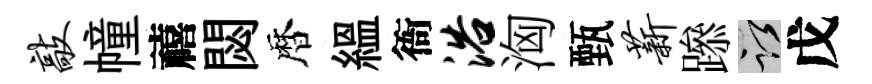
敲幢禧閟暦緼衙浴洶甄薪𨅶謹戊